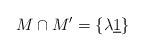
LaTeX: \begin{align*}M\cap M^{\prime }=\left\{ \lambda \underline{1}\right\}\end{align*}